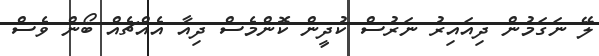
ލޭ ނަގަމުން ދިއައިރު ނަރުސް ކުދީން ކޮންމެސް ދިއާ އެއްޗެއް ބޯން ވެސް